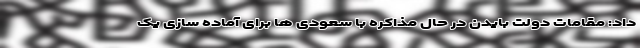
داد: مقامات دولت بایدن در حال مذاکره با سعودی ها برای آماده سازی یک